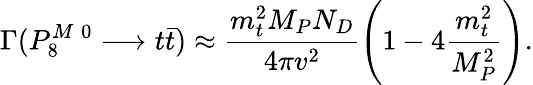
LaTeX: \Gamma(P_{8}^{M\; 0}\longrightarrow t\bar{t})\approx\frac{m_{t}^{2}M_{P}N_{D}}{4\pi v^{2}}\left(1-4\frac{m_{t}^{2}}{M_{P}^{2}}\right).